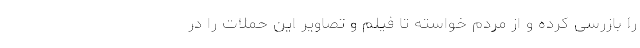
را بازرسی کرده و از مردم خواسته تا فیلم و تصاویر این حملات را در